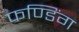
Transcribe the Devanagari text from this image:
फण्डिंग